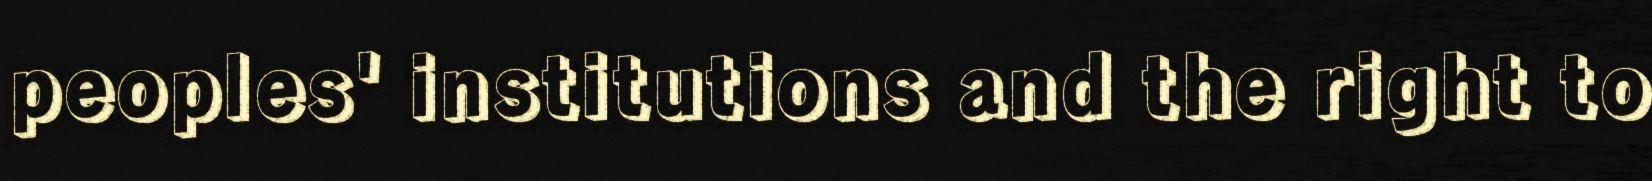
peoples' institutions and the right to